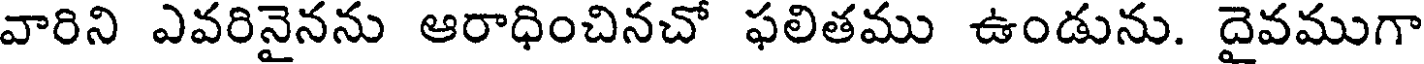
వారిని ఎవరినైనను ఆరాధించినచో ఫలితము ఉండును. దైవముగా